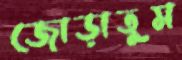
জোড়াতুম